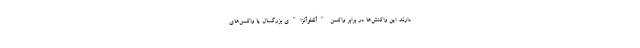
دارند. این واکنش‌ها در برابر واکسن "آنفلوآنزا"ی بزرگسال یا واکسن‌های